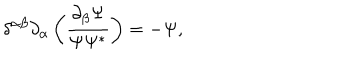
\delta ^ { \alpha \beta } \partial _ { \alpha } \left( \frac { \partial _ { \beta } \Psi } { \Psi \Psi ^ { * } } \right) = - \Psi ,